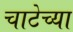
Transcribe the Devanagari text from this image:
चाटेच्या